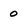
Character: 0